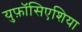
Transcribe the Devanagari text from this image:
युफ़ॉसिएशिया